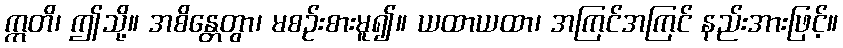
ဣတိ၊ ဤသို့။ အစိန္တေတွာ၊ မစဉ်းစားမူ၍။ ယထာယထာ၊ အကြင်အကြင် နည်းအားဖြင့်။